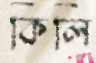
কিলি